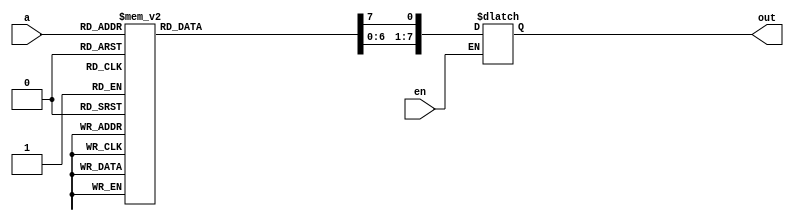
`timescale 1ns / 1ps
//////////////////////////////////////////////////////////////////////////////////
// Company: 
// Engineer: 
// 
// Design Name: 
// Module Name: decoder_3_8
// Project Name: 
// Target Devices: 
// Tool Versions: 
// Description: 
// 
// Dependencies: 
// 
// Revision:
// Revision 0.01 - File Created
// Additional Comments:
// 
//////////////////////////////////////////////////////////////////////////////////


module decoder_3_8(input wire [2:0] a, input wire en, output reg [7:0] out);
    always @(*) begin
     
    if(en) begin
        out = 8'b0000_0000;
           case(a)
              3'd0 : out[0] = 1;
              3'd1 : out[1] = 1;
              3'd2 : out[2] = 1;
              3'd3 : out[3] = 1;
              3'd4 : out[4] = 1;
              3'd5 : out[5] = 1;
              3'd6 : out[6] = 1;
              3'd7 : out[7] = 1;
       	   default : out = 8'b0000_0000;
           endcase
     end
  end
endmodule